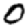
Digit: 0